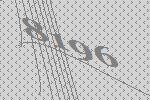
8196